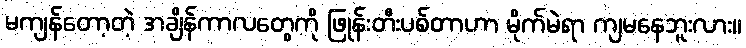
မကျန်တော့တဲ့ အချိန်ကာလတွေကို ဖြုန်းတီးပစ်တာဟာ မိုက်မဲရာ ကျမနေဘူးလား။